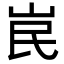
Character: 𡶗